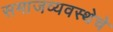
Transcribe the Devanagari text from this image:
समाजव्‍यवस्‍थेचे